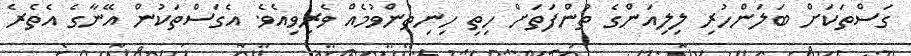
ގަސްތަކަށް ބަލަންހުރި ލިލިއަންގެ ތުންފަތަށް ހިތި ހިނިތުންވުމެއް ވެރިވިއެވެ. އެގަސްތަކުން އޭނާގެ އެތެރެ